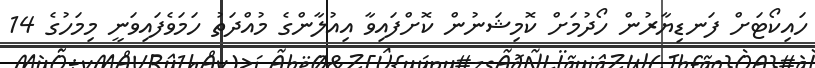
ހައިކޯޓަށް ފަނޑިޔާރުން ހޯދުމަށް ކޮމިޝަނުން ކޮށްފައިވާ އިއުލާންގެ މުއްދަތު ހަމަވެފައިވަނީ މިމަހުގެ 14